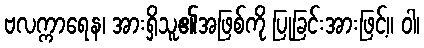
ဗလက္ကာရေန၊ အားရှိသူ၏အဖြစ်ကို ပြုခြင်းအားဖြင့်။ ဝါ၊